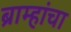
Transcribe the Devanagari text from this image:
ब्राम्हांचा